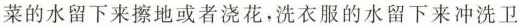
菜的水留下来擦地或者浇花，洗衣服的水留下来冲洗卫